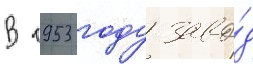
В 1953 году заво́д